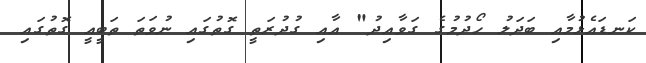
ކަނޑައެޅުމާއި ބަދަލު ހޯދުމުގެ ގަވާއިދު" އާއި ގުދުރަތީ ގޮތުގައި ނުވަތަ ތަބީއީ ގޮތުގައި